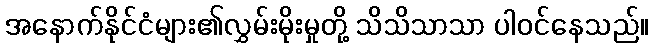
အနောက်နိုင်ငံများ၏လွှမ်းမိုးမှုတို့ သိသိသာသာ ပါဝင်နေသည်။